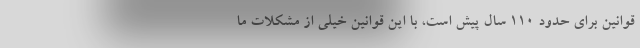
قوانین برای حدود ۱۱۰ سال پیش است، با این قوانین خیلی از مشکلات ما